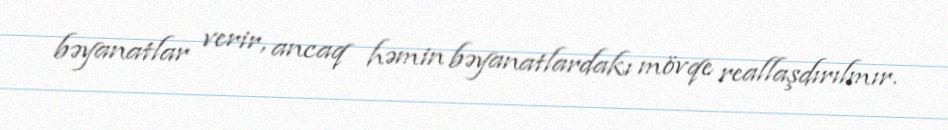
bəyanatlar verir, ancaq həmin bəyanatlardakı mövqe reallaşdırılmır.